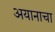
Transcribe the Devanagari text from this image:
अयानाचा